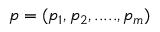
p = ( p _ { 1 } , p _ { 2 } , . . . . . , p _ { m } )